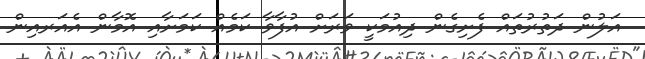
އަލުން ދަތުރުތައް ފެށިގެން ދިއުމަކީ ވަރަށް އުފާވާ ކަމެއް ކަމަށާއި އޮމާން އެއަރއިން